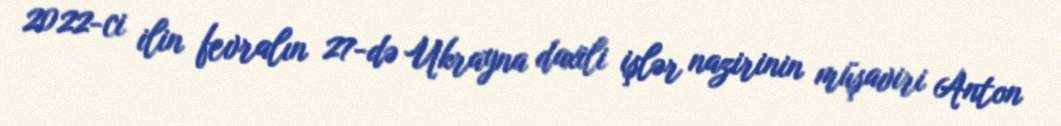
2022-ci ilin fevralın 27-də Ukrayna daxili işlər nazirinin müşaviri Anton